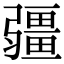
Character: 𭛌